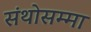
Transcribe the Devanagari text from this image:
संथोसम्मा